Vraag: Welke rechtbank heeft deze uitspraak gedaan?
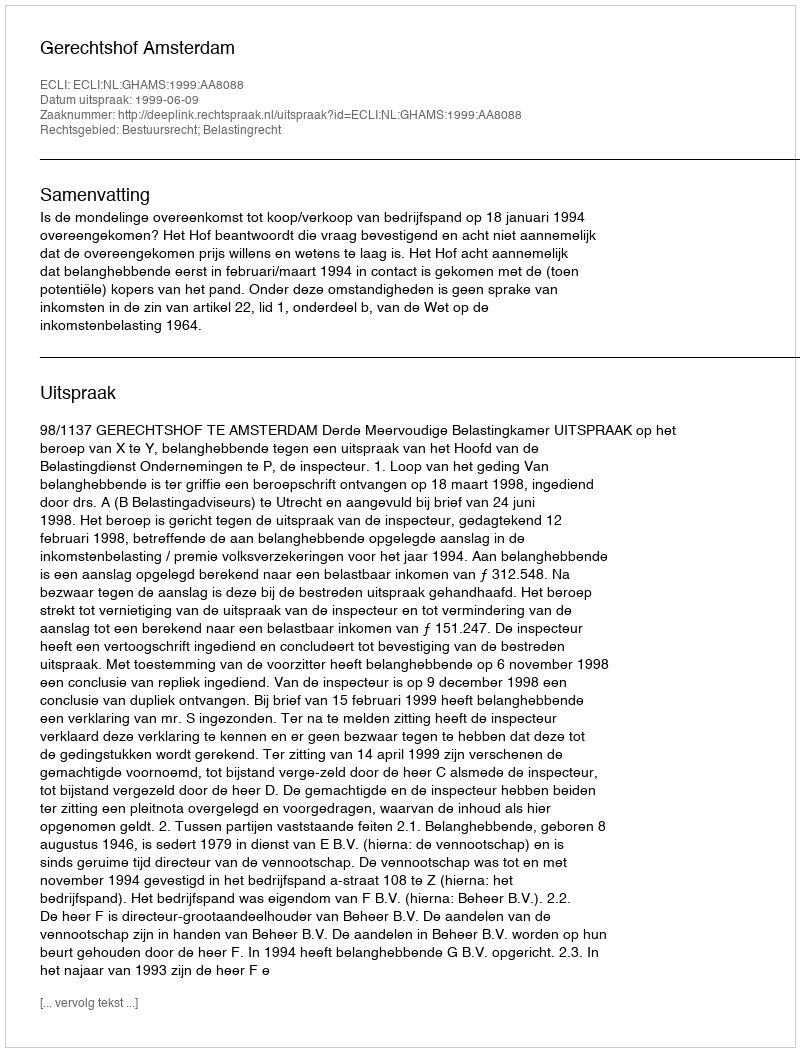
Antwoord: Gerechtshof Amsterdam